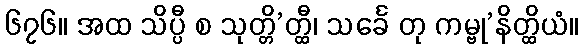
၆၇၆။ အထ သိပ္ပီ စ သုတ္တိ’တ္ထီ၊ သင်္ခေ တု ကမ္ဗု’နိတ္ထိယံ။